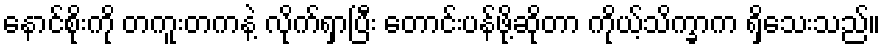
နောင်စိုးကို တကူးတကနဲ့ လိုက်ရှာပြီး တောင်းပန်ဖို့ဆိုတာ ကိုယ့်သိက္ခာက ရှိသေးသည်။